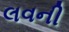
લવની